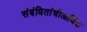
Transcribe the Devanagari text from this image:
संबंधितांचीआर्थिक